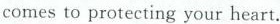
comes to protecting your heart.